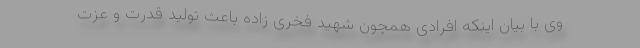
وی با بیان اینکه افرادی همچون شهید فخری زاده باعث تولید قدرت و عزت